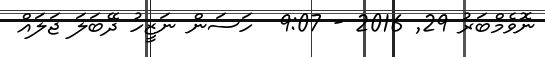
ނޮވެމްބަރު 29